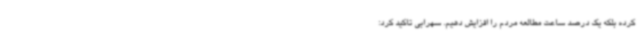
کرده بلکه یک درصد ساعت مطالعه مردم را افزایش دهیم. سهرابی تاکید کرد: